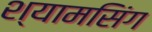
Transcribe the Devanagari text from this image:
श्यामसिंग